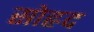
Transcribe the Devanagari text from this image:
सोह्रद